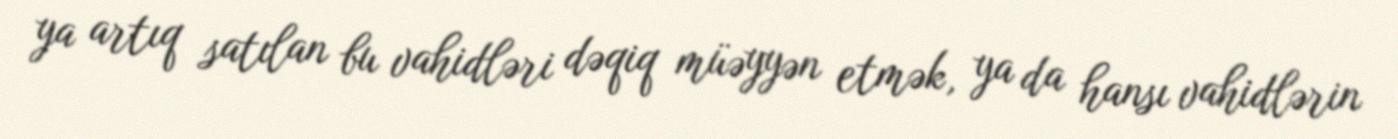
ya artıq satılan bu vahidləri dəqiq müəyyən etmək, ya da hansı vahidlərin